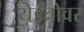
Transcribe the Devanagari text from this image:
येईतोवर